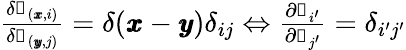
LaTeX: \begin{array}{r}{\frac{\delta\mathscr{s}_{(\pmb{x},i)}}{\delta\mathscr{s}_{(\pmb{y},j)}}=\delta(\pmb{x}-\pmb{y})\delta_{ij}\Leftrightarrow\frac{\partial\mathscr{s}_{i^{\prime}}}{\partial\mathscr{s}_{j^{\prime}}}=\delta_{i^{\prime}j^{\prime}}}\end{array}